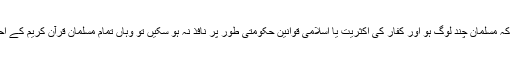
اس لیے جب بھی کہیں دنیا میں ایسے حالات ہو کہ مسلمان چند لوگ ہو اور کفار کی اکثریت یا اسلامی قوانین حکومتی طور پر نافذ نہ ہو سکیں تو وہاں تمام مسلمان قرآن کریم کے احکام کو ذاتی حیثیت میں خود پر لاگو کریں گے۔